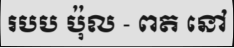
របប ប៉ុល - ពត នៅ